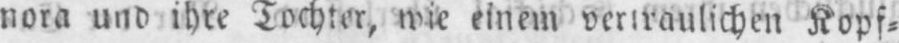
nora und ihre Tochter, wie einem vertraulichen Kopf⸗